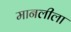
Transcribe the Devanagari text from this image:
मानलीला